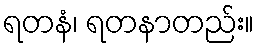
ရတနံ၊ ရတနာတည်း။